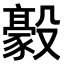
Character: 𣫛